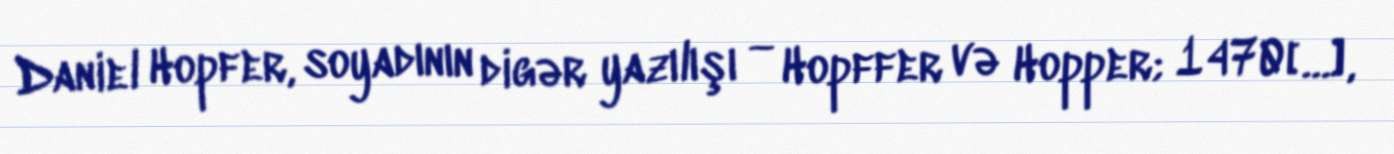
Daniel Hopfer, soyadının digər yazılışı — Hopffer və Hopper; 1470[…],